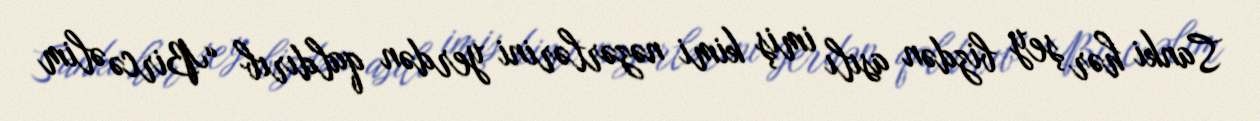
Sanki hər şey bizdən asılı imiş kimi nəzərlərini yerdən qaldırıb “Bircə əlim